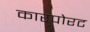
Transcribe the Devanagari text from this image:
कारपोरट